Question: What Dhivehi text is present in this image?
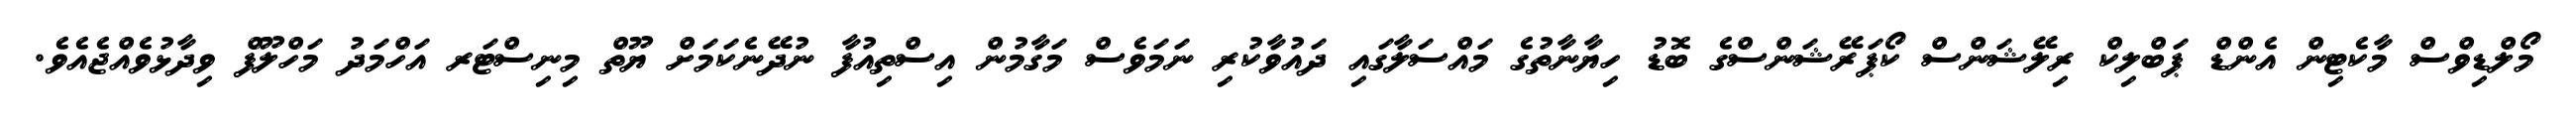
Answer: މޯލްޑިވްސް މާކެޓިން އެންޑް ޕަބްލިކް ރިލޭޝަންސް ކޯޕަރޭޝަންސްގެ ބޮޑު ހިޔާނާތުގެ މައްސަލާގައި ދައުވާކުރި ނަމަވެސް މަގާމުން އިސްތިއުފާ ނުދޭނެކަމަށް ޔޫތް މިނިސްޓަރ އަހްމަދު މަހްލޫފް ވިދާޅުވެއްޖެއެވެ.